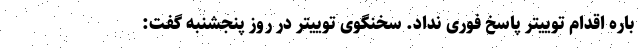
باره اقدام توییتر پاسخ فوری نداد. سخنگوی توییتر در روز پنجشنبه گفت: